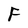
Character: F